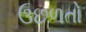
ઉછળતો